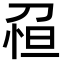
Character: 𠝗